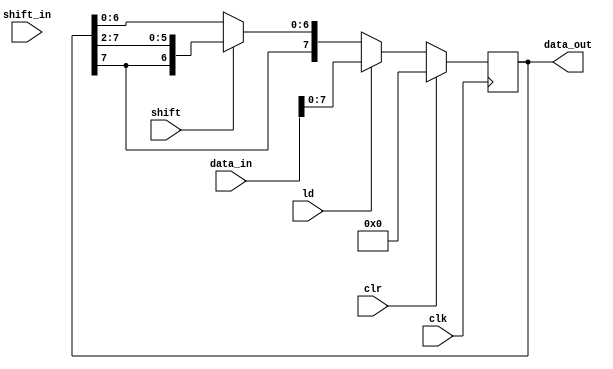
module ShiftRegisterA(data_out,data_in,ld,clr,shift_in,shift,clk);

output reg [7:0] data_out;
input [9:0] data_in;
input [1:0] shift_in;
input ld,clr,shift,clk;  
reg [9:0] temp;

always @(posedge clk) begin
    if(clr) data_out<=0;
    else if(ld) data_out<=data_in[7:0];
    else if(shift) begin 
                        if(ld) data_out<={shift_in,data_out[7:2]};
                        else data_out<={data_out[7],data_out[7],data_out[7:2]};    
                   end 
end


endmodule